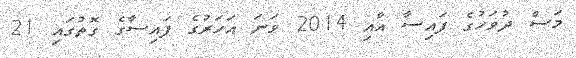
މަސް ދުވަހުގެ ފައިސާ އާއި 2014 ވަނަ އަހަރުގެ ފައިސާގެ ގޮތުގައި 21